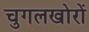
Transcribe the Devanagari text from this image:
चुगलखोरों